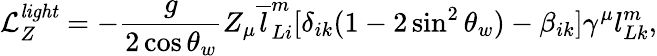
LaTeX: \mathcal{L}_{Z}^{\mathit{light}}=-\frac{g}{2\cos\theta_{w}}Z_{\mu}\overline{{{l}}}_{Li}^{m}[\delta_{ik}(1-2\sin^{2}\theta_{w})-\beta_{ik}]\gamma^{\mu}l_{Lk}^{m},